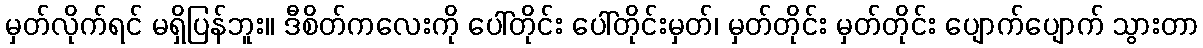
မှတ်လိုက်ရင် မရှိပြန်ဘူး။ ဒီစိတ်ကလေးကို ပေါ်တိုင်း ပေါ်တိုင်းမှတ်၊ မှတ်တိုင်း မှတ်တိုင်း ပျောက်ပျောက် သွားတာ